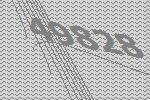
49828